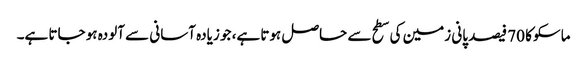
ماسکو کا 70 فیصد پانی زمین کی سطح سے حاصل ہوتا ہے، جو زیادہ آسانی سے آلودہ ہو جاتا ہے۔